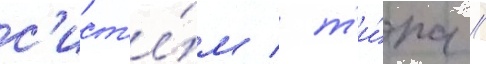
с'ист'е́м / т'и́па //